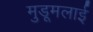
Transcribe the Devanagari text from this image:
मुडूमलाई